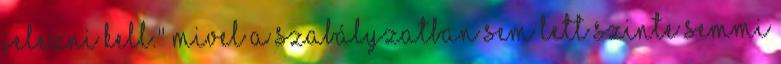
jelezni kell." Mivel a szabályzatban sem lett szinte semmi